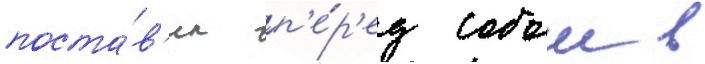
поста́в'ил п'е́р'ед собои в